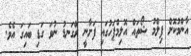
އާންމުކޮށް ފިލްމު ޝޯތައް އޮލިމްޕަހުގައި ފަށާނީ ރޭގަނޑު ނުވަ ގަޑި ބައިގަ އެވެ.